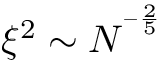
\xi ^ { 2 } \sim N ^ { ^ { - \frac { 2 } { 5 } } }